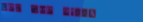
TRY OUR PIZZA